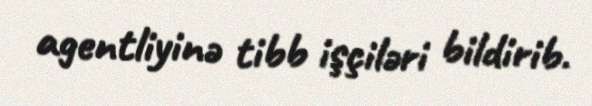
agentliyinə tibb işçiləri bildirib.